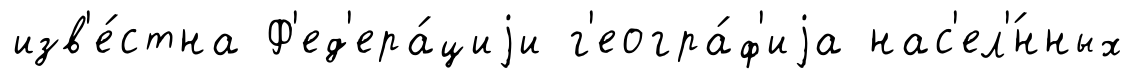
изв'е́стна Ф'ед'ера́циjи г'еогра́ф'иjа нас'ел'́нных